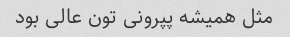
مثل همیشه پپرونی تون عالی بود